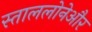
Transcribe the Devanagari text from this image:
स्ताललोनेऔर